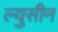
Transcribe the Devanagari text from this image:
ल्युसीन